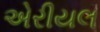
એરીયલ